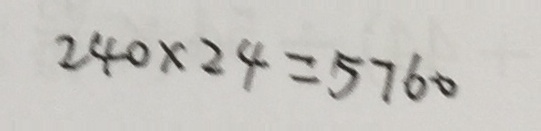
2 4 0 \times 2 4 = 5 7 6 0